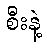
စီးနဲ့